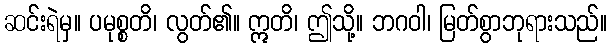
ဆင်းရဲမှ။ ပမုစ္စတိ၊ လွတ်၏။ ဣတိ၊ ဤသို့။ ဘဂဝါ၊ မြတ်စွာဘုရားသည်။